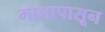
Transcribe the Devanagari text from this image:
मालापासून